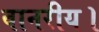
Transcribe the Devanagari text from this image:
वानरीय।